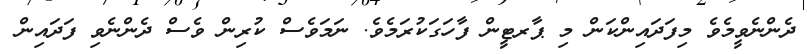
ދެންނެވީމެވެ މިފަދައިންކަން މި ޕާރޓީން ފާހަގަކުރަމެވެ. ނަމަވެސް ކުރިން ވެސް ދެންނެވި ފަދައިން